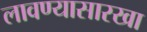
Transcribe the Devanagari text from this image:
लावण्यासारखा